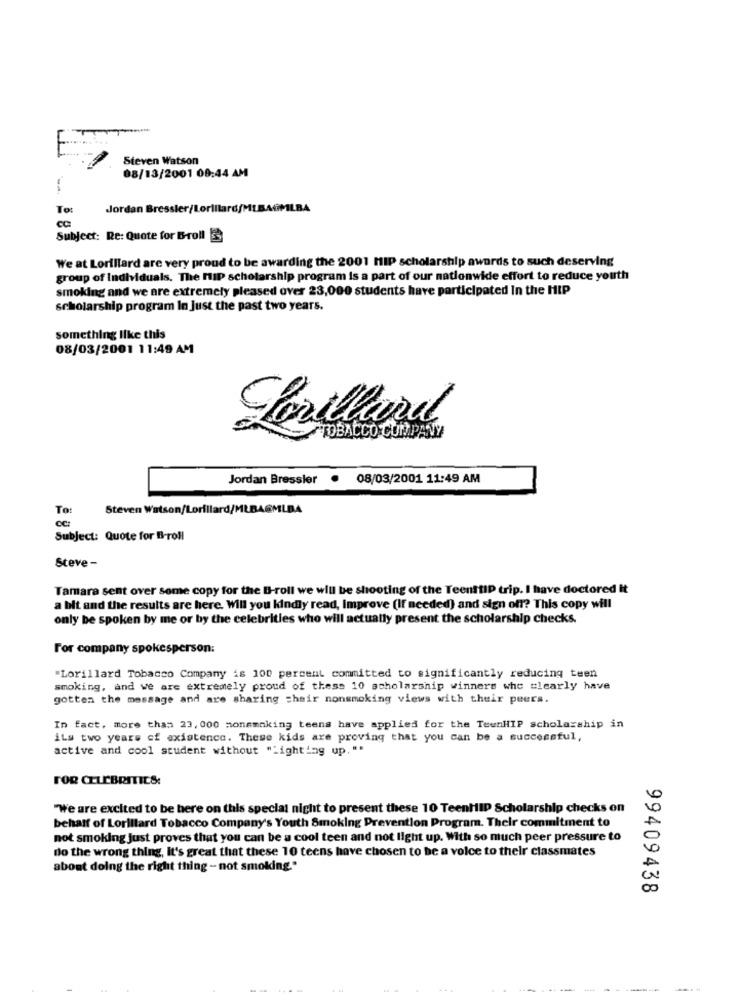
I
Steven Watson
08/13/2001 00:44 AM
To:
Jordan Bressler/Lorillard/MLBAGMLBA
cc
Subject: Re: Quote for B-roll 3
We at Lorillard are very proud to be awarding the 2001 MIP scholarship awords to such deserving
group of Individuals. The HIP scholarship program is a part of our nationwide effort to reduce youth
smoking and we are extremely pleased over 23,000 students have participated In the HIP
scholarship program In Just the past two years.
something like this
08/03/2001 11:49 AM
Lavilleral
TOBACCO COMPANY
Jordan Bressler . 08/03/2001 11:49 AM
To:
Steven Watson/Lorillard/MLBAGMLBA
CC:
Subject: Quote for B-roll
Steve -
Tamara sent over some copy for the B-roll we will be shooting of the Teenttip trip. I have doctored It
a bit and the results are here. Will you kindly read, Improve (If needed) and sign off? This copy will
only be spoken by me or by the celebrities who will actually present the scholarship checks.
For company spokesperson:
"Lorillard Tobacco Company is 100 percent committed to significantly reducing teen
smoking, and we are extremely proud of thess 10 scholarship winners whe clearly have
gotten the message and are sharing chair nonsmoking views with their peers.
In fact, more than 23, 000 nonsmoking teens have applied for the TeenHIP scholarship in
iLs two years of existence. These kids are proving that you can be a successful,
active and cool student without "Lighting up. ".
FOR CELEBRITIES:
"We are excited to be here on this special night to present these 10 TeenHID Scholarship checks on
behalf of Lorillard Tobacco Company's Youth Smoking Prevention Program. Their commitment to
not smoking Just proves that you can be a cool teen and not light up. With so much peer pressure to
do the wrong thing, It's great that these 10 teens have chosen to be a voice to their classmates
about doing the right thing - not smoking."
99409438
...
------